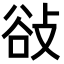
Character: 𢼽